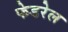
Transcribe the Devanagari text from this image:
फेडरेल